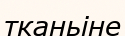
тканьіне